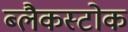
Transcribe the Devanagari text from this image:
ब्लैकस्टोक